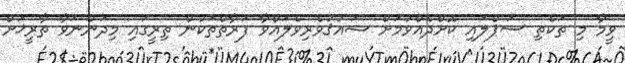
ވީމާ މި ތަކެތި ސަޕްލައި ކޮށްދެއްވުމަށް ޝައުޤުވެރިވެލައްވާ ފަރާތްތަކުން ތިރީގައި މިދަންނަވާ ތާރީޚަށް